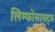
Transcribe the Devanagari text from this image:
लिम्फोसायट्स